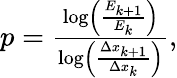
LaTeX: \begin{array}{r}{p=\frac{\log\left(\frac{E_{k+1}}{E_{k}}\right)}{\log\left(\frac{\Delta x_{k+1}}{\Delta x_{k}}\right)},}\end{array}